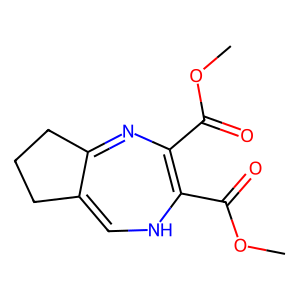
SMILES: COC(=O)C1=C(C(=O)OC)NC=C2CCCC2=N1
Inhibits HIV replication: No